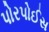
પોરપોઈસ